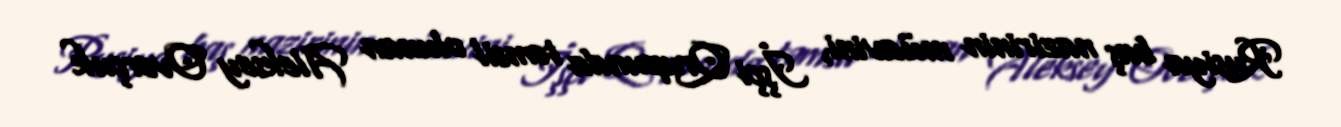
Rusiya baş nazirinin müavini, İşçi Qrupunda təmsil olunan Aleksey Overçuk